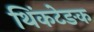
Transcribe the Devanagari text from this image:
थिंकटेङक